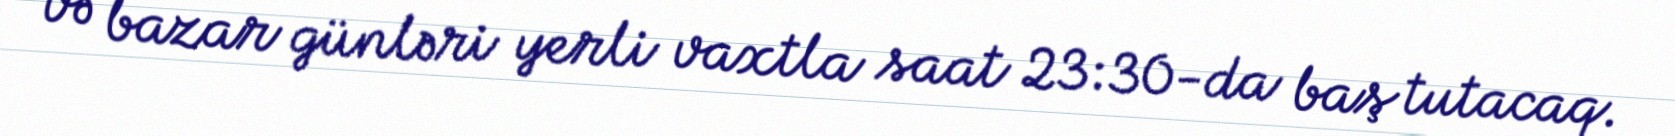
və bazar günləri yerli vaxtla saat 23:30-da baş tutacaq.